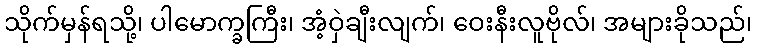
သိုက်မှန်ရသို့၊ ပါမောက္ခကြီး၊ အံ့ဝှဲချီးလျက်၊ ဝေးနီးလူဗိုလ်၊ အများခိုသည်၊